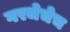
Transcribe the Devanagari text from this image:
गरजेचेच